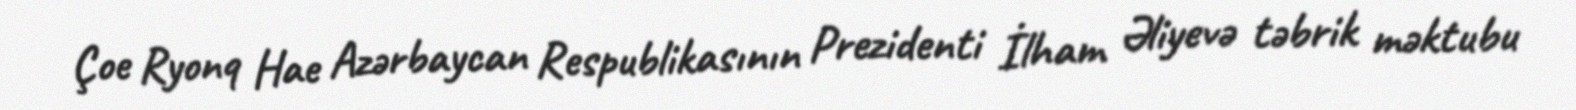
Çoe Ryonq Hae Azərbaycan Respublikasının Prezidenti İlham Əliyevə təbrik məktubu